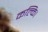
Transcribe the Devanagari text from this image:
कल्कि।